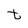
Character: t